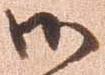
御